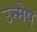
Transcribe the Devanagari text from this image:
उन्मेष्